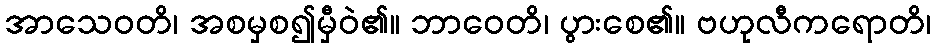
အာသေဝတိ၊ အစမှစ၍မှီဝဲ၏။ ဘာဝေတိ၊ ပွားစေ၏။ ဗဟုလီကရောတိ၊